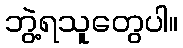
ဘွဲ့ရသူတွေပါ။